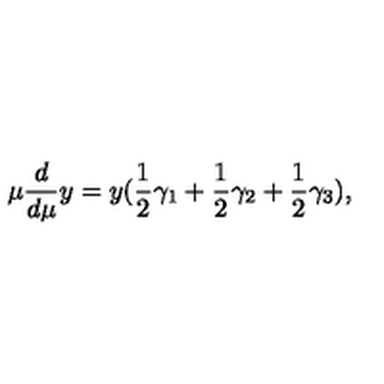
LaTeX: \mu \frac { d } { d \mu } y = y ( \frac 1 2 \gamma _ { 1 } + \frac 1 2 \gamma _ { 2 } + \frac 1 2 \gamma _ { 3 } ) ,